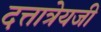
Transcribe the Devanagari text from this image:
दत्तात्रेयजी